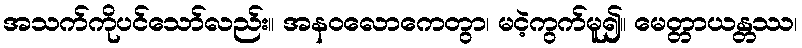
အသက်ကိုပင်သော်လည်း။ အနဝလောကေတွာ၊ မငဲ့ကွက်မူ၍။ မေတ္တာယန္တဿ၊